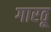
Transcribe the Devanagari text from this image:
गारठू